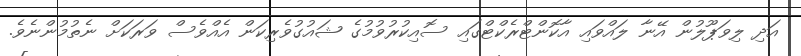
އަދި ލިވަޕޫލުން އޭނާ ލައްވައި އާކޮންޓްރެކްޓްގައި ސޮއިކުރުވުމުގެ ޝައުގުވެރިކަން އެއްވެސް ވަރަކަށް ނެތުމުންނެވެ.